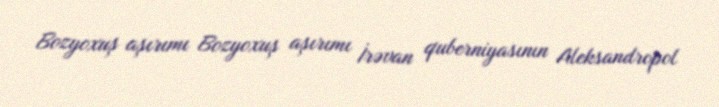
Bozyoxuş aşırımı Bozyoxuş aşırımı İrəvan quberniyasının Aleksandropol